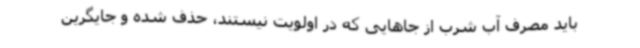
باید مصرف آب شرب از جاهایی که در اولویت نیستند، حذف شده و جایگرین